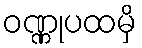
ဝဏ္ဏုပထမှိ